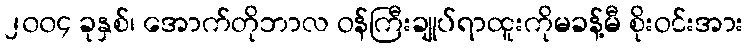
၂၀၀၄ ခုနှစ်၊ အောက်တိုဘာလ ဝန်ကြီးချုပ်ရာထူးကိုမခန့်မီ စိုးဝင်းအား